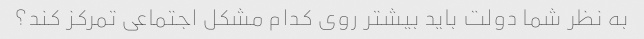
به نظر شما دولت باید بیشتر روی کدام مشکل اجتماعی تمرکز کند؟